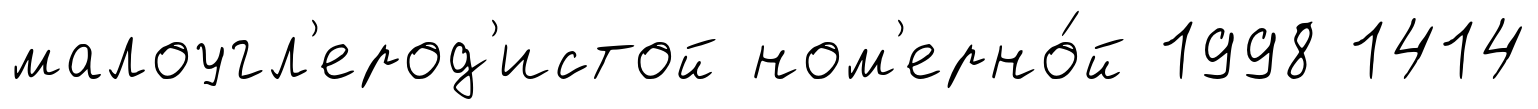
малоугл'ерод'истой ном'ерно́й 1998 1414